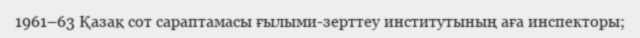
1961–63 Қазақ сот сараптамасы ғылыми-зерттеу институтының аға инспекторы;